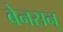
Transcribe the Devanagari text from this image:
बेनसन्